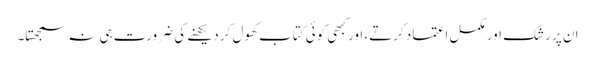
ان پر رشک اور مکمل اعتماد کرتے، اور کبھی کوئی کتاب کھول کر دیکھنے کی ضرورت ہی نہ سمجھتا۔